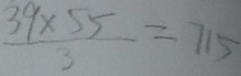
\frac { 3 9 \times 5 5 } { 3 } = 7 1 5